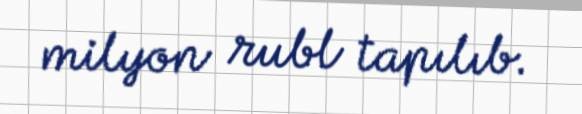
milyon rubl tapılıb.